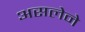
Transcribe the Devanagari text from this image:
असलेने